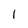
Character: l